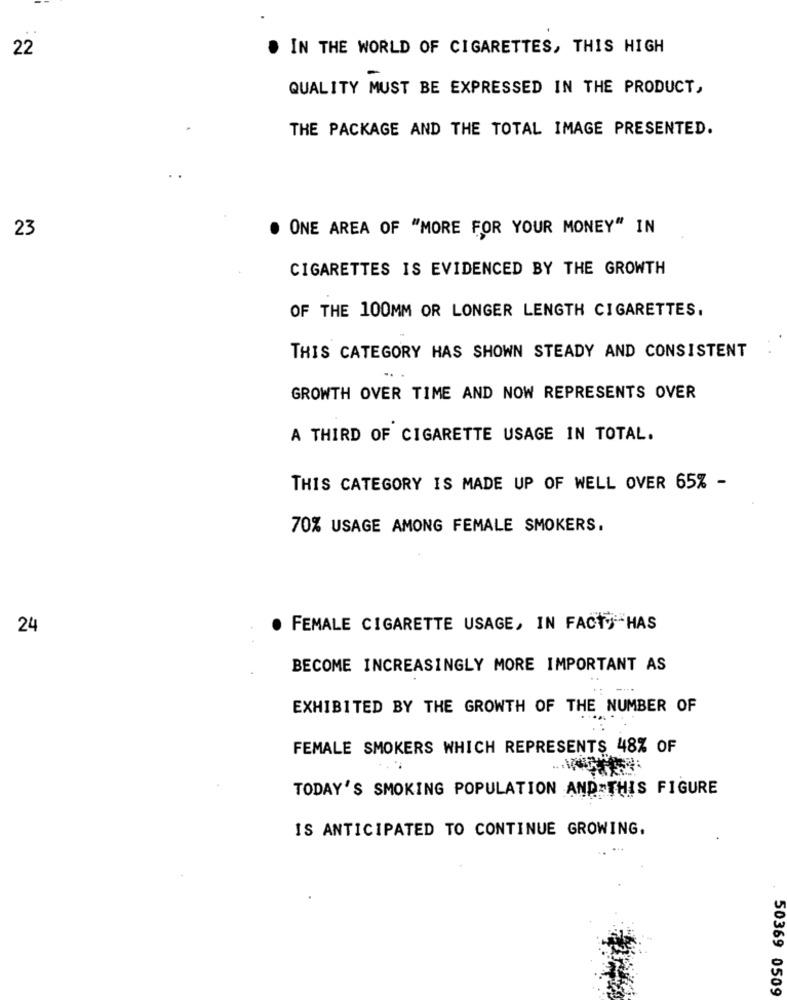
..
22
IN THE WORLD OF CIGARETTES, THIS HIGH
QUALITY MUST BE EXPRESSED IN THE PRODUCT,
THE PACKAGE AND THE TOTAL IMAGE PRESENTED.
23
. ONE AREA OF "MORE FOR YOUR MONEY" IN
CIGARETTES IS EVIDENCED BY THE GROWTH
OF THE 100MM OR LONGER LENGTH CIGARETTES.
THIS CATEGORY HAS SHOWN STEADY AND CONSISTENT
GROWTH OVER TIME AND NOW REPRESENTS OVER
A THIRD OF CIGARETTE USAGE IN TOTAL.
THIS CATEGORY IS MADE UP OF WELL OVER 65% -
70% USAGE AMONG FEMALE SMOKERS.
24
FEMALE CIGARETTE USAGE, IN FACTTHAS
BECOME INCREASINGLY MORE IMPORTANT AS
EXHIBITED BY THE GROWTH OF THE NUMBER OF
FEMALE SMOKERS WHICH REPRESENTS 48% OF
TODAY'S SMOKING POPULATION AND THIS FIGURE
IS ANTICIPATED TO CONTINUE GROWING.
50369 0509